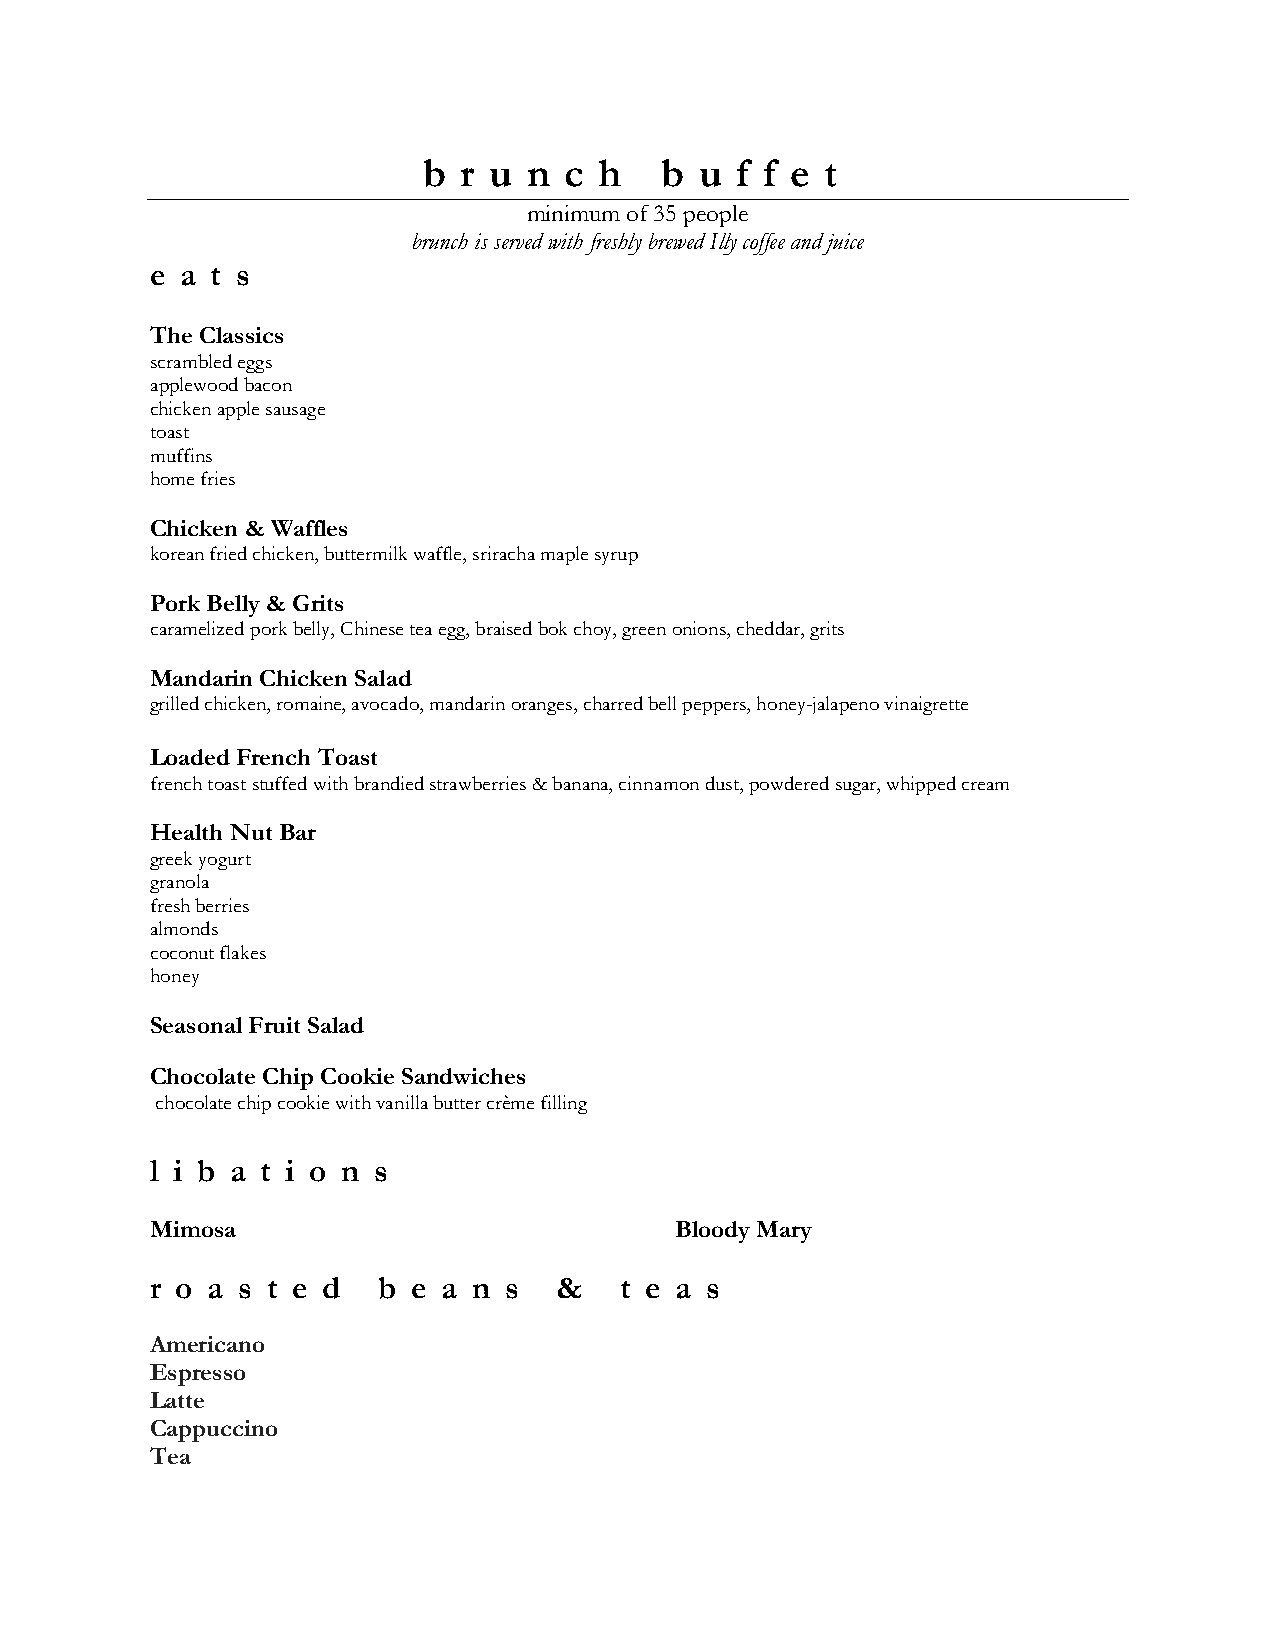
b r u  n c  h   b u  f f e t
 minimum of 35 people
 brunch is served with freshly brewed Illy coffee and juice
 e a t s
 The Classics
 scrambled eggs
 applewood bacon
 chicken apple sausage
 toast
 muffins
 home fries
 Chicken & Waffles
 korean fried chicken, buttermilk waffle, sriracha maple syrup
 Pork Belly & Grits
 caramelized pork belly, Chinese tea egg, braised bok choy, green onions, cheddar, grits
 Mandarin Chicken Salad
 grilled chicken, romaine, avocado, mandarin oranges, charred bell peppers, honey-jalapeno vinaigrette
 Loaded French Toast
 french toast stuffed with brandied strawberries & banana, cinnamon dust, powdered sugar, whipped cream
 Health Nut Bar
 greek yogurt
 granola
 fresh berries
 almonds
 coconut flakes
 honey
 Seasonal Fruit Salad
 Chocolate Chip Cookie Sandwiches
 chocolate chip cookie with vanilla butter crème filling
 l i b a t i o n s
 Mimosa                             Bloody Mary
 r o a s t e d  b e a n s   &   t e a s
 Americano
 Espresso
 Latte
 Cappuccino
 Tea